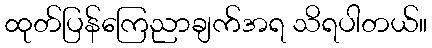
ထုတ်ပြန်ကြေညာချက်အရ သိရပါတယ်။